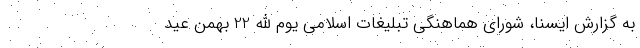
به گزارش ایسنا، شورای هماهنگی تبلیغات اسلامی یوم الله 22 بهمن عید